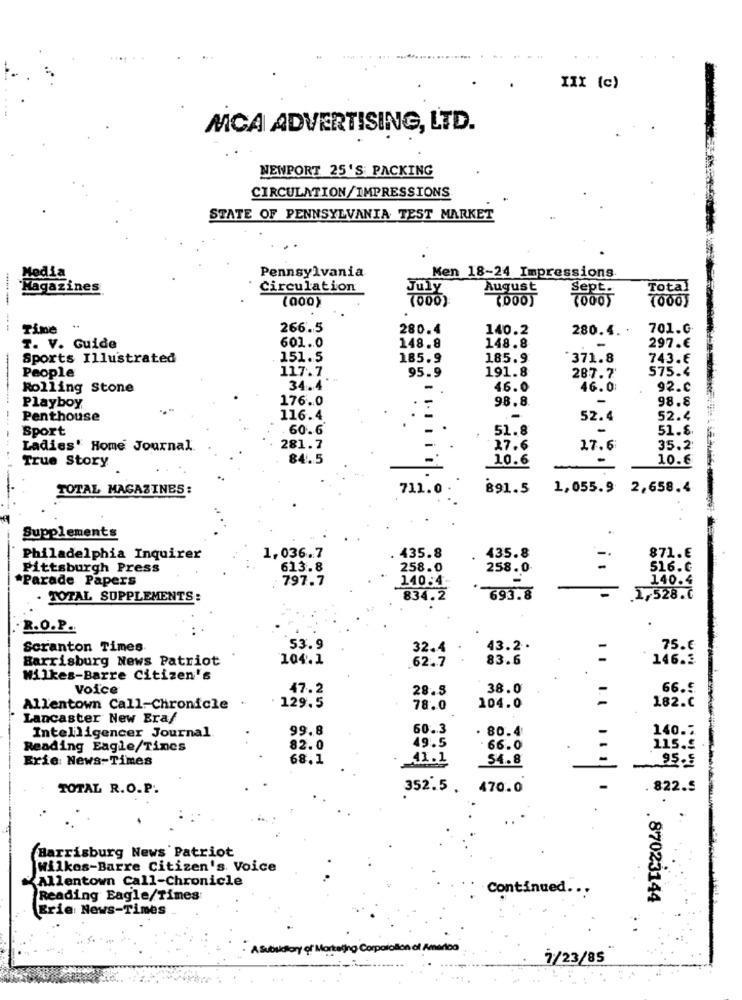
XIX (c)
MCA ADVERTISING, LTD.
NEWPORT 25'S PACKING
CIRCULATION/IMPRESSIONS
STATE OF PENNSYLVANIA TEST MARKET
Media
Pennsylvania
Men 18-24 Impressions
"Magazines
Circulation
July
August
Sept.
Total
(000)
7000)
(DOO)
(000)
7000
------
Time "
266.5
280.4
140.2
280.4. .
701.G
601.0
148.8
148.8
T. V. Guide
-
297.€
Sports Illustrated
151.5
185.9
185.9
371.8
743.€
People
117.7
95.9
191.8
575.4
287.7
Rolling Stone
34.4
-
46.0
46.0:
92.c
Playboy
176.0
98.8.
-
98.8
Penthouse
116.4
-
52.4
52.4
Sport
.60.6
.
51.8
51.8.
Ladies' Home Journal.
281.7
27.6
17.6
35.2
True Story
84.5
10.6
10.6
TOTAL MAGAZINES:
711.0.
891.5
1,055.9 2,658.4
Supplements
1,036.7
Philadelphia Inquirer
435.8
435.8
871.€
Pittsburgh Press
613.8
258.0
258.0
516.c
*Parade Papers
797.7
140:4
140.4
. TOTAL SUPPLEMENTS:
834.2
693.8
.1,528.C
R.O.P.
Scranton Times
53.9
32.4
43.2
75.6
Harrisburg News Patriot
104.1
62.7
83.6
146.2.
Wilkes-Barre Citizen's
Voice
47.2
28.5
38.0
66.5
Allentown Call-Chronicle
129.5
78.0
104.0
182.c
Lancaster New Era/
99.8
60.3
. 80.4
140.7
Intelligencer Journal
Reading Eagle/Tines
82.0
49.5
66.0
115.£
Erie News-Times
68.1
41.1
54.8
TOTAL R.O.P.
352.5 .
470.0
. 822.5
Harrisburg News Patriot
Wilkes-Barre Citizen's Voice
Allentown Call-Chronicle
Continued ...
Reading Eagle/Times
. 87023144
Erie: News-Times
A Subsidiary of Morteino Corporation of America
7/23/85